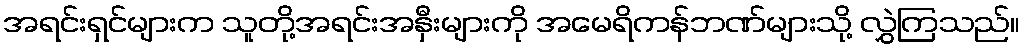
အရင်းရှင်များက သူတို့အရင်းအနှီးများကို အမေရိကန်ဘဏ်များသို့ လွှဲကြသည်။